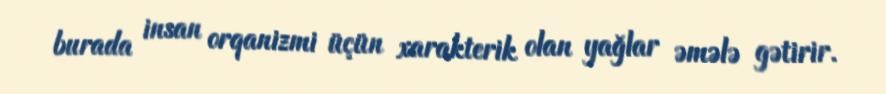
burada insan orqanizmi üçün xarakterik olan yağlar əmələ gətirir.